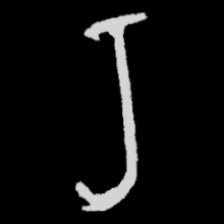
Pyu character \u2014 Myanmar letter: ရ (romanized: ra)